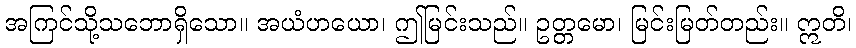
အကြင်သို့သဘောရှိသော။ အယံဟယော၊ ဤမြင်းသည်။ ဥတ္တမော၊ မြင်းမြတ်တည်း။ ဣတိ၊